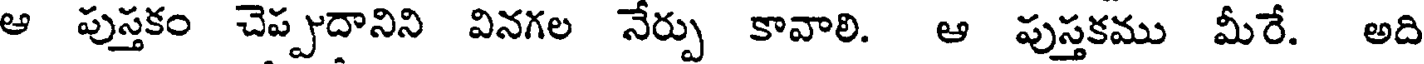
ఆ పుస్తకం చెప్పదానిని వినగల నేర్పు కావాలి. ఆ పుస్తకము మీరే. అది